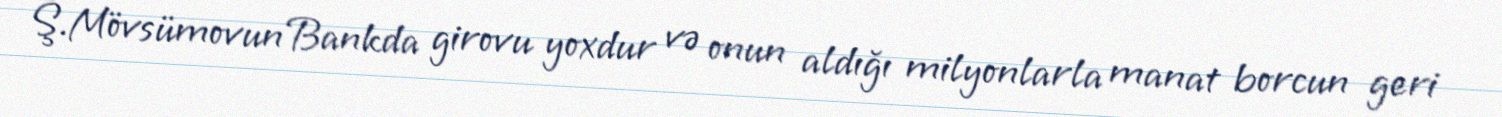
Ş.Mövsümovun Bankda girovu yoxdur və onun aldığı milyonlarla manat borcun geri